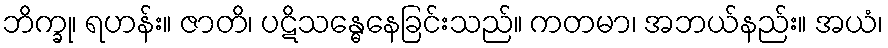
ဘိက္ခု၊ ရဟန်း။ ဇာတိ၊ ပဋိသန္ဓေနေခြင်းသည်။ ကတမာ၊ အဘယ်နည်း။ အယံ၊